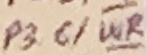
Text: P3.6/WR